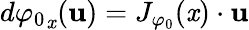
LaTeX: d{\varphi_{0}}_{\mathit{x}}({\mathbf{{u}}})=J_{\varphi_{0}}(\mathit{x})\cdot{\mathbf{{u}}}